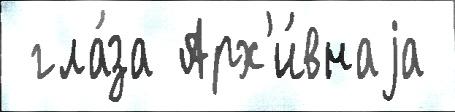
 гла́за Арх'и́внаjа